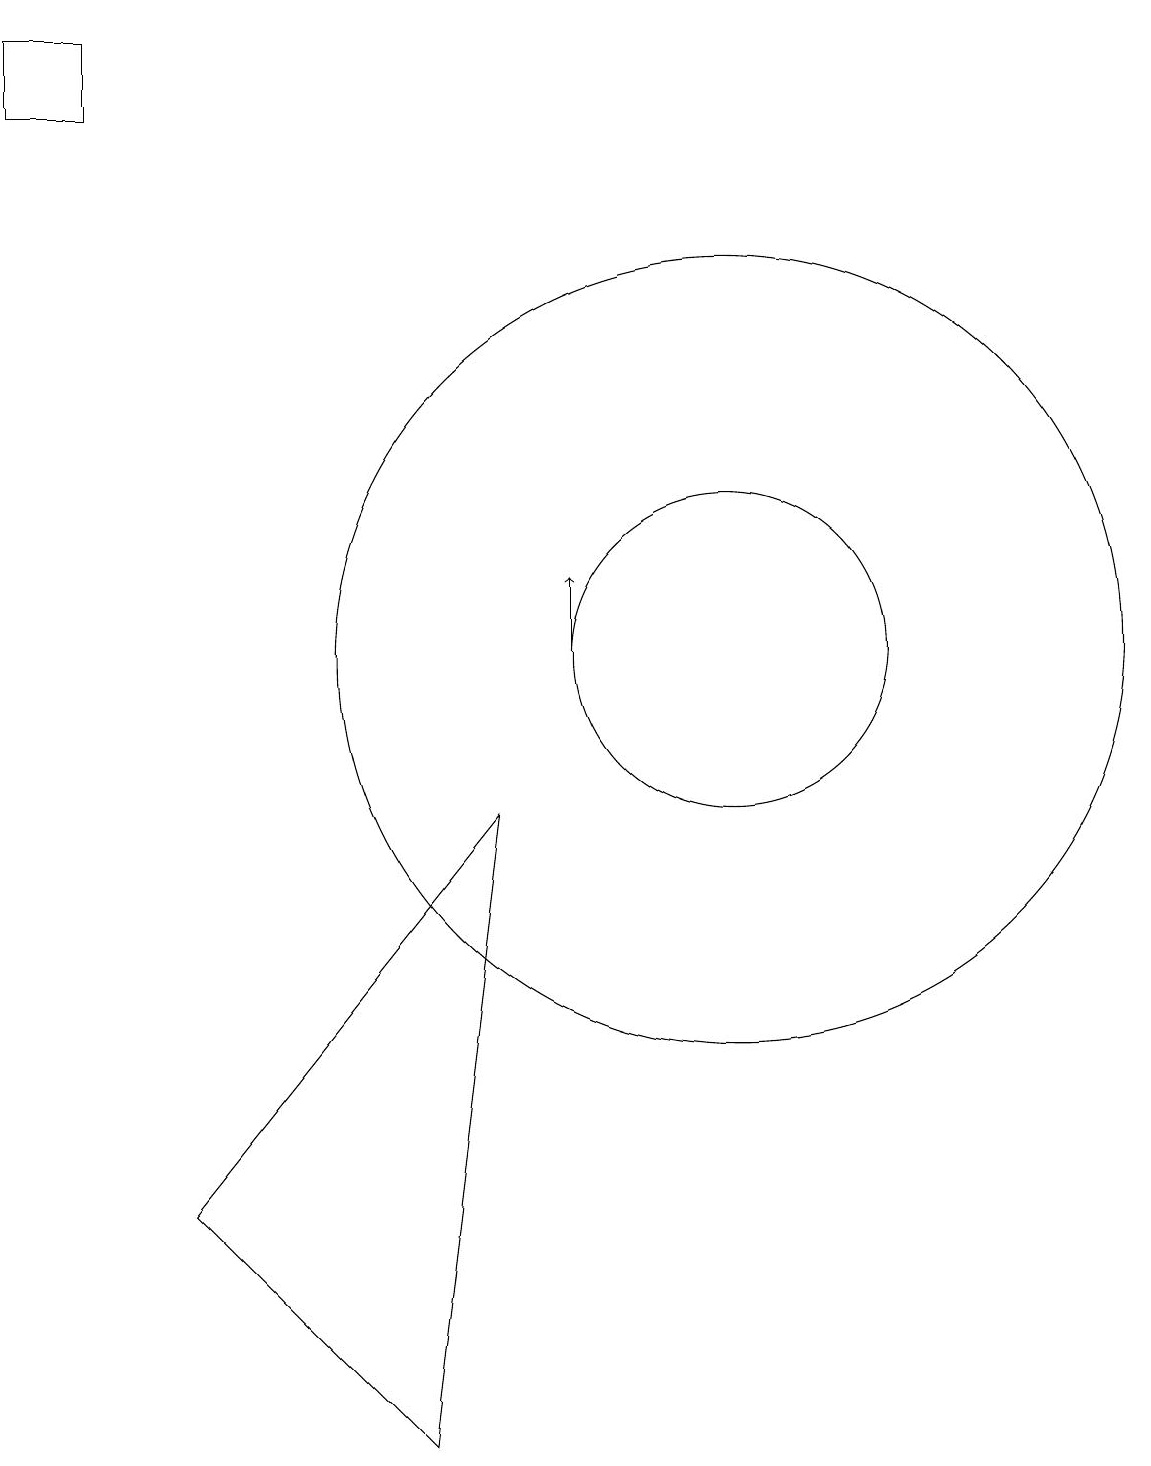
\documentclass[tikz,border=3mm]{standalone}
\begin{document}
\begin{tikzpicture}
\draw (8,9) -- (7,1) -- (4,4) -- cycle;
\draw (2,18) rectangle (3,19);
\draw (11,11) circle (5);
\draw (11,11) circle (2);
\draw[->] (9,11) -- (9,12);
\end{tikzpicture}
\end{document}